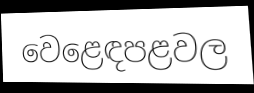
වෙළෙඳපළවල